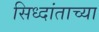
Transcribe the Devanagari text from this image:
सिध्दांताच्या